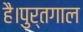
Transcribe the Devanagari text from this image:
है।पुर्तगाल